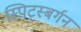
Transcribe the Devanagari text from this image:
स्पिट्स्बर्गन